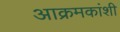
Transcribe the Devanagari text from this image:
आक्रमकांशी